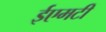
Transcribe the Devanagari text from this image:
ईएमटी